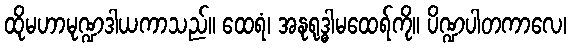
ထိုမဟာမုဏ္ဍဒါယကာသည်။ ထေရံ၊ အနုရုဒ္ဓါမထေရ်ကို။ ပိဏ္ဍပါတကာလေ၊